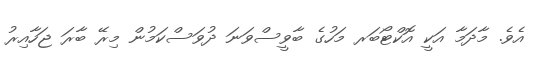
އެވެ. މާދަމާ އަކީ އޮކްޓޯބަރ މަހުގެ ބާވީސްވަނަ ދުވަސްކަމުން މިރޭ ބާރަ ޖަހާއިރު